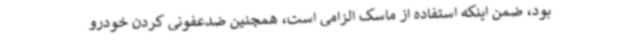
بود، ضمن اینکه استفاده از ماسک الزامی است، همچنین ضدعفونی کردن خودرو